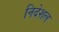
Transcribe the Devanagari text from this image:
निदेशल